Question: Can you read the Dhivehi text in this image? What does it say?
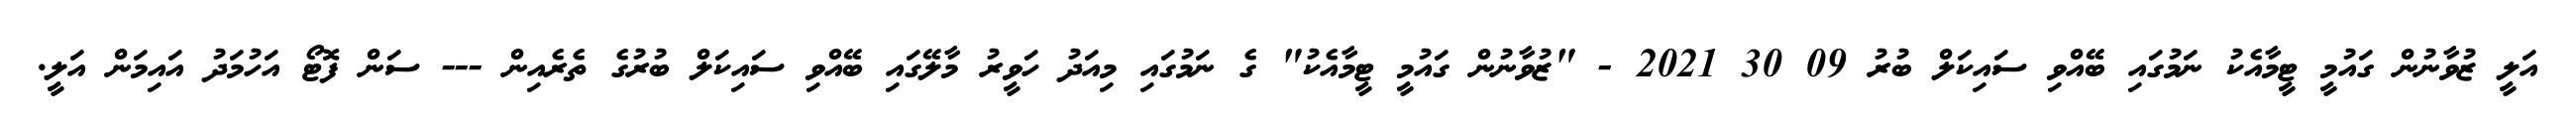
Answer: އަލީ ޒުވާނުން ގައުމީ ޓީމާއެކު ނަމުގައި ބޭއްވި ސައިކަލް ބުރު 09 30 2021 - "ޒުވާނުން ގައުމީ ޓީމާއެކު" ގެ ނަމުގައި މިއަދު ހަވީރު މާލޭގައި ބޭއްވި ސައިކަލް ބުރުގެ ތެރެއިން --- ސަން ފޮޓޯ އަހުމަދު އައިމަން އަލީ.